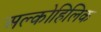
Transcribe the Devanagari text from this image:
अल्कोहिलिक